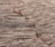
شريكا